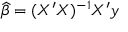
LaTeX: { \widehat { \beta } } = ( X ^ { \prime } X ) ^ { - 1 } X ^ { \prime } y